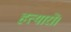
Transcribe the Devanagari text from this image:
हत्यारों।